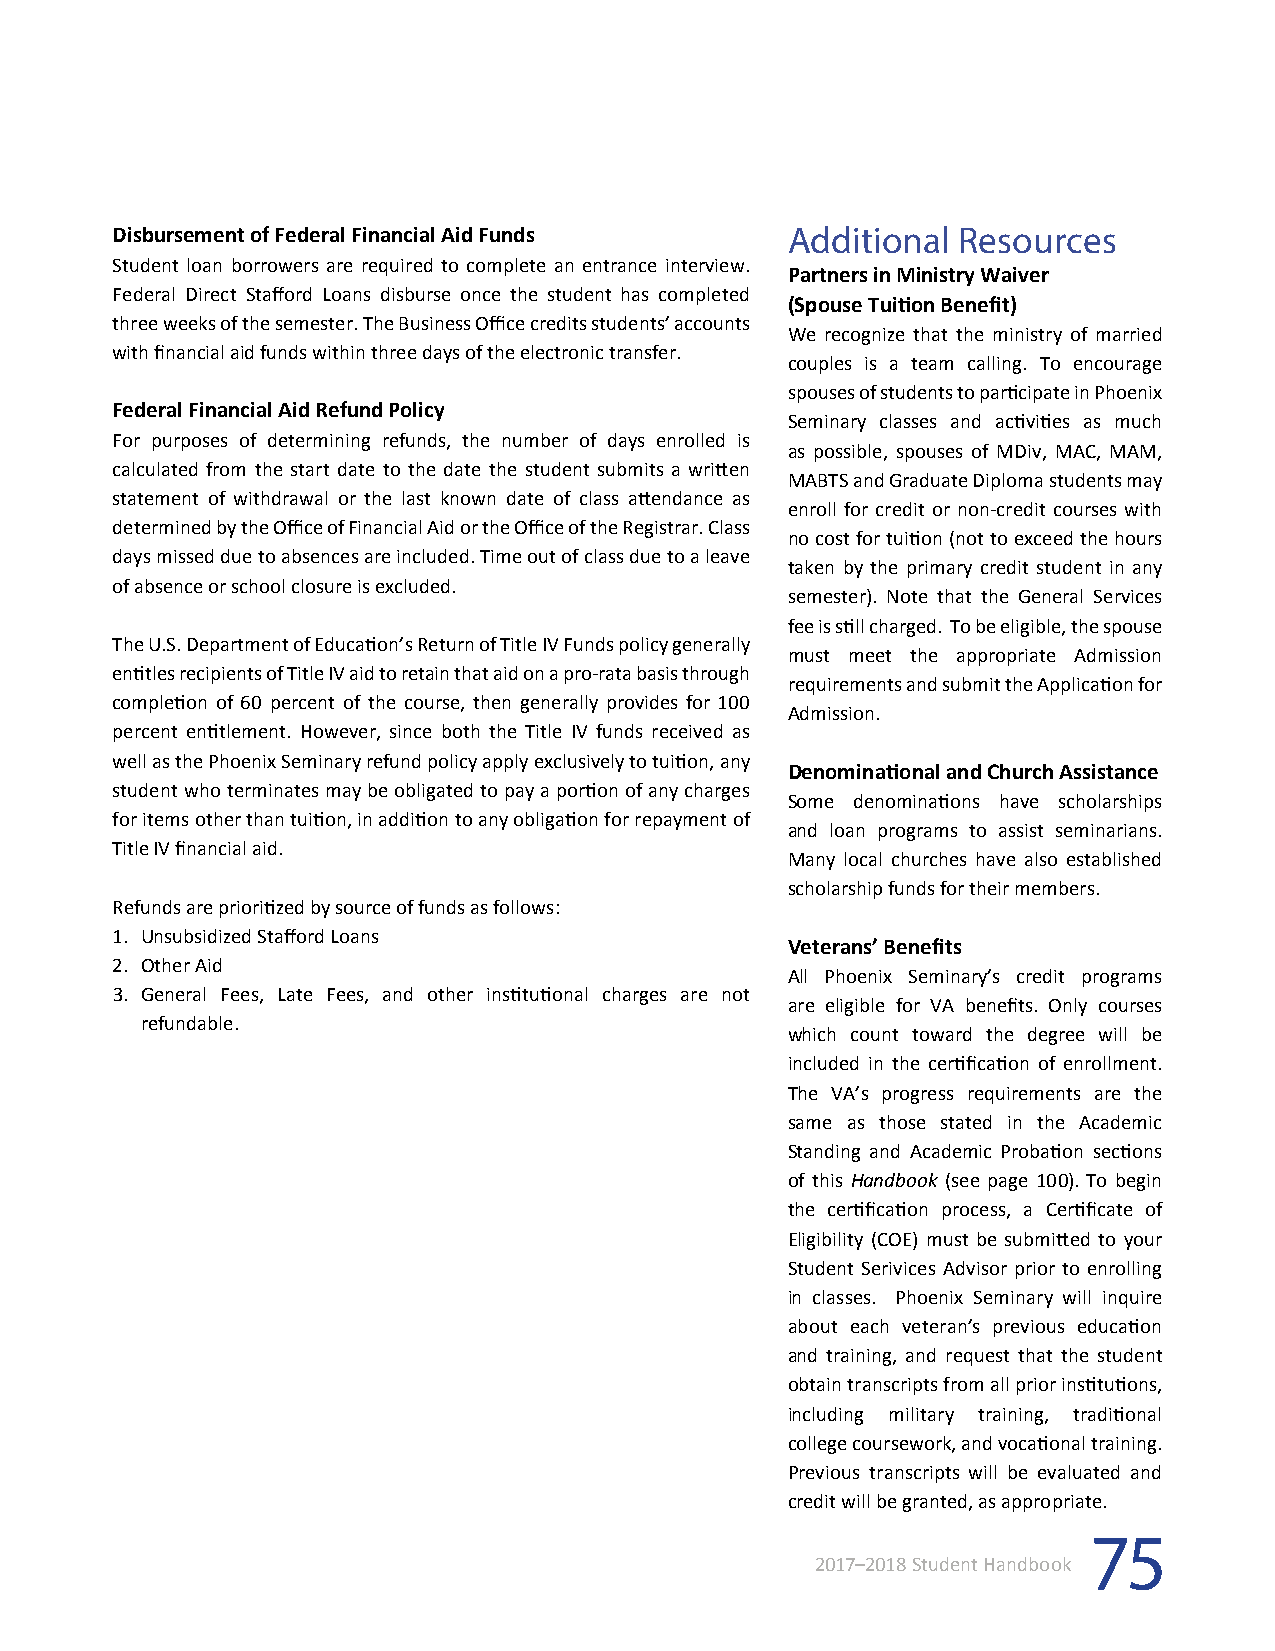
Disbursement of Federal Financial Aid Funds  Additional Resources
 Student loan borrowers are required to complete an entrance interview.
 Partners in Ministry Waiver
 Federal Direct Stafford Loans disburse once the student has completed
 (Spouse Tuition Benefit)
 three weeks of the semester. The Business Office credits students’ accounts
 We recognize that the ministry of married
 with financial aid funds within three days of the electronic transfer.
 couples is a team calling. To encourage
 spouses of students to participate in Phoenix
 Federal Financial Aid Refund Policy
 Seminary classes and activities as much
 For purposes of determining refunds, the number of days enrolled is
 as possible, spouses of MDiv, MAC, MAM,
 calculated from the start date to the date the student submits a written
 MABTS and Graduate Diploma students may
 statement of withdrawal or the last known date of class attendance as
 enroll for credit or non-credit courses with
 determined by the Office of Financial Aid or the Office of the Registrar. Class
 no cost for tuition (not to exceed the hours
 days missed due to absences are included. Time out of class due to a leave
 taken by the primary credit student in any
 of absence or school closure is excluded.
 semester). Note that the General Services
 fee is still charged. To be eligible, the spouse
 The U.S. Department of Education’s Return of Title IV Funds policy generally
 must meet the appropriate Admission
 entitles recipients of Title IV aid to retain that aid on a pro-rata basis through
 requirements and submit the Application for
 completion of 60 percent of the course, then generally provides for 100
 Admission.
 percent entitlement. However, since both the Title IV funds received as
 well as the Phoenix Seminary refund policy apply exclusively to tuition, any
 Denominational and Church Assistance
 student who terminates may be obligated to pay a portion of any charges
 Some denominations have scholarships
 for items other than tuition, in addition to any obligation for repayment of
 and loan programs to assist seminarians.
 Title IV financial aid.
 Many local churches have also established
 scholarship funds for their members.
 Refunds are prioritized by source of funds as follows:
 1. Unsubsidized Stafford Loans
 Veterans’ Benefits
 2. Other Aid
 All Phoenix Seminary’s credit programs
 3. General Fees, Late Fees, and other institutional charges are not
 are eligible for VA benefits. Only courses
 refundable.
 which count toward the degree will be
 included in the certification of enrollment.
 The VA’s progress requirements are the
 same as those stated in the Academic
 Standing and Academic Probation sections
 of this Handbook (see page 100). To begin
 the certification process, a Certificate of
 Eligibility (COE) must be submitted to your
 Student Serivices Advisor prior to enrolling
 in classes. Phoenix Seminary will inquire
 about each veteran’s previous education
 and training, and request that the student
 obtain transcripts from all prior institutions,
 including military training, traditional
 college coursework, and vocational training.
 Previous transcripts will be evaluated and
 credit will be granted, as appropriate.
 75
 2017–2018 Student Handbook